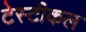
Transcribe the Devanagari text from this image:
टेस्टीकल